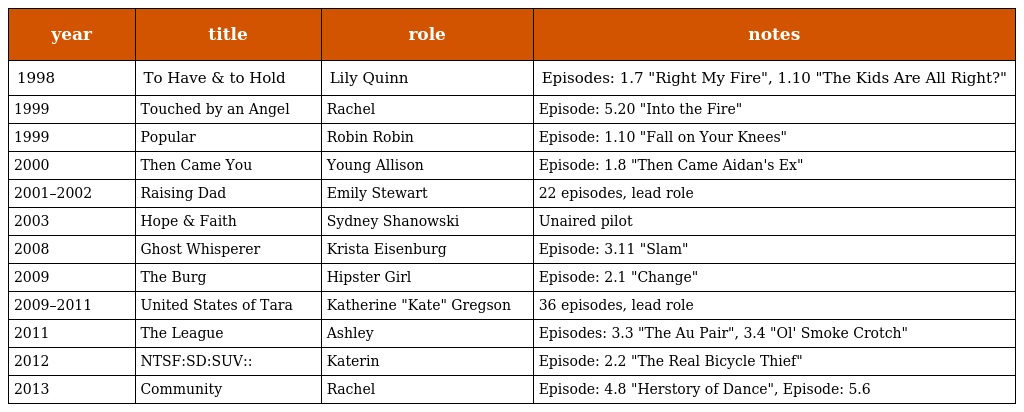
| year | title | role | notes |
 | --- | --- | --- | --- |
 | 1998 | To Have & to Hold | Lily Quinn | Episodes: 1.7 "Right My Fire", 1.10 "The Kids Are All Right?" |
 | 1999 | Touched by an Angel | Rachel | Episode: 5.20 "Into the Fire" |
 | 1999 | Popular | Robin Robin | Episode: 1.10 "Fall on Your Knees" |
 | 2000 | Then Came You | Young Allison | Episode: 1.8 "Then Came Aidan's Ex" |
 | 2001–2002 | Raising Dad | Emily Stewart | 22 episodes, lead role |
 | 2003 | Hope & Faith | Sydney Shanowski | Unaired pilot |
 | 2008 | Ghost Whisperer | Krista Eisenburg | Episode: 3.11 "Slam" |
 | 2009 | The Burg | Hipster Girl | Episode: 2.1 "Change" |
 | 2009–2011 | United States of Tara | Katherine "Kate" Gregson | 36 episodes, lead role |
 | 2011 | The League | Ashley | Episodes: 3.3 "The Au Pair", 3.4 "Ol' Smoke Crotch" |
 | 2012 | NTSF:SD:SUV:: | Katerin | Episode: 2.2 "The Real Bicycle Thief" |
 | 2013 | Community | Rachel | Episode: 4.8 "Herstory of Dance", Episode: 5.6 |